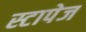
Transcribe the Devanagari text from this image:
स्टापेज